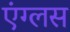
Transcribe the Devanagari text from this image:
एंग्लस